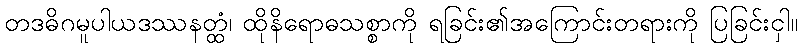
တဒဓိဂမူပါယဒဿနတ္ထံ၊ ထိုနိရောဓသစ္စာကို ရခြင်း၏အကြောင်းတရားကို ပြခြင်းငှါ။